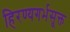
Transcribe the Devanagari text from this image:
हिरण्यगर्भसूक्त